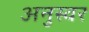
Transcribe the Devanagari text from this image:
अनुस्वर